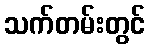
သက်တမ်းတွင်